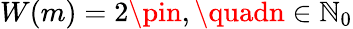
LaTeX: W(m)=2\pin,\quadn\in\mathbb{N}_{0}